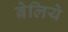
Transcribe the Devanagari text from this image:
बेलिये